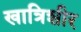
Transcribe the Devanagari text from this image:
खात्रिशीर